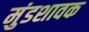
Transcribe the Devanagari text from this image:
मुंडशावक